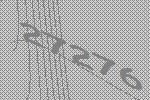
27276